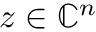
z \in \mathbb { C } ^ { n }